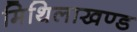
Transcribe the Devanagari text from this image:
मिथिलाखण्ड